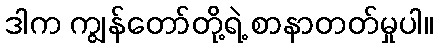
ဒါက ကျွန်တော်တို့ရဲ့ စာနာတတ်မှုပါ။